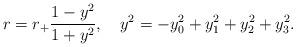
LaTeX: \begin{align*}r=r_+\frac{1-y^2}{1+y^2}, \ \ \ y^2=-y_0^2+y_1^2 +y_2^2+y_3^2.\end{align*}